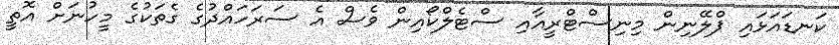
ކަނޑައަޅައި ޕްލޭނިން މިނިސްޓްރީއާއި ސްޓެލްކޯއިން ވެސް އެ ސަރަހައްދުގެ ގެތަކުގެ މީހުނަށް އޮތީ